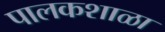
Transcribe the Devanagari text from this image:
पालकशाळा